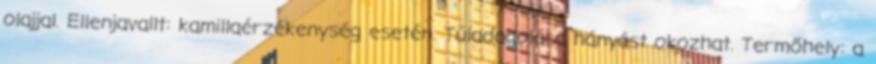
olajjal. Ellenjavallt: kamillaérzékenység esetén. Túladagolása hányást okozhat. Termőhely: a